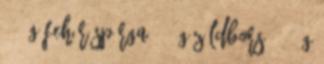
500 g fehér spárga 100 g zöldborsó 100 g